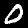
Digit: 0